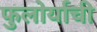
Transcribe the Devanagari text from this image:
फुलोर्याची